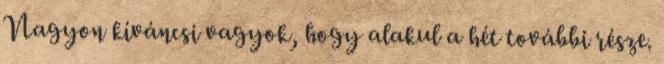
Nagyon kíváncsi vagyok, hogy alakul a hét további része.